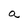
Character: a